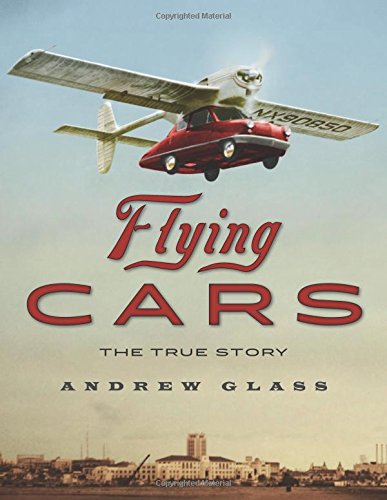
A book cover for Flying Cars: The True Story; Andrew Glass; Children's Books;